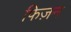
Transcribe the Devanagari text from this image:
फिज़न